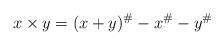
LaTeX: \begin{align*}x\times y =(x+y)^\#-x^\#-y^\#\end{align*}